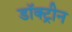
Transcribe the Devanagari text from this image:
डॉक्ट्रीन